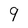
Character: 9